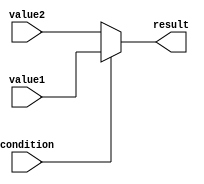
module conditional_assignment (
    input wire condition,      // Condition signal
    input wire value1,        // First value to assign if condition is true
    input wire value2,        // Second value to assign if condition is false
    output reg result         // Output signal for the result
);

// Combinational assignment using the conditional operator
always @(*) begin
    result = (condition) ? value1 : value2;
end

endmodule